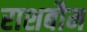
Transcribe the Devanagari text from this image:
राशबौम